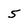
Character: 5